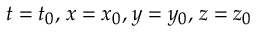
\scriptstyle t \; = \; t _ { 0 } , \; x \; = \; x _ { 0 } , \; y \; = \; y _ { 0 } , \; z \; = \; z _ { 0 }